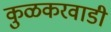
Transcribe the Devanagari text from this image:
कुळकरवाडी